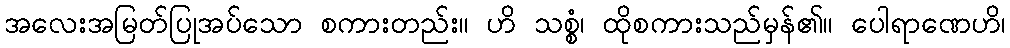
အလေးအမြတ်ပြုအပ်သော စကားတည်း။ ဟိ သစ္စံ၊ ထိုစကားသည်မှန်၏။ ပေါရာဏေဟိ၊